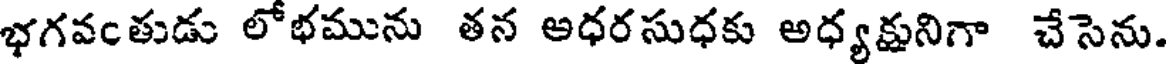
భగవంతుడు లోభమును తన అధరసుధకు అధ్యక్షునిగా చేసెను.